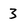
Character: 3